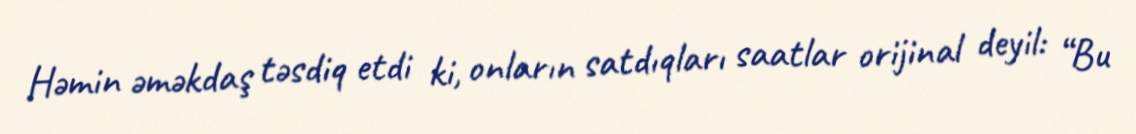
Həmin əməkdaş təsdiq etdi ki, onların satdıqları saatlar orijinal deyil: “Bu